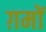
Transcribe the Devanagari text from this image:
ग़मों